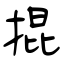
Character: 掍